Indian journal of veterinary science and animal husbandry - Volumes 24-25, 1954-1955
Year: 1954
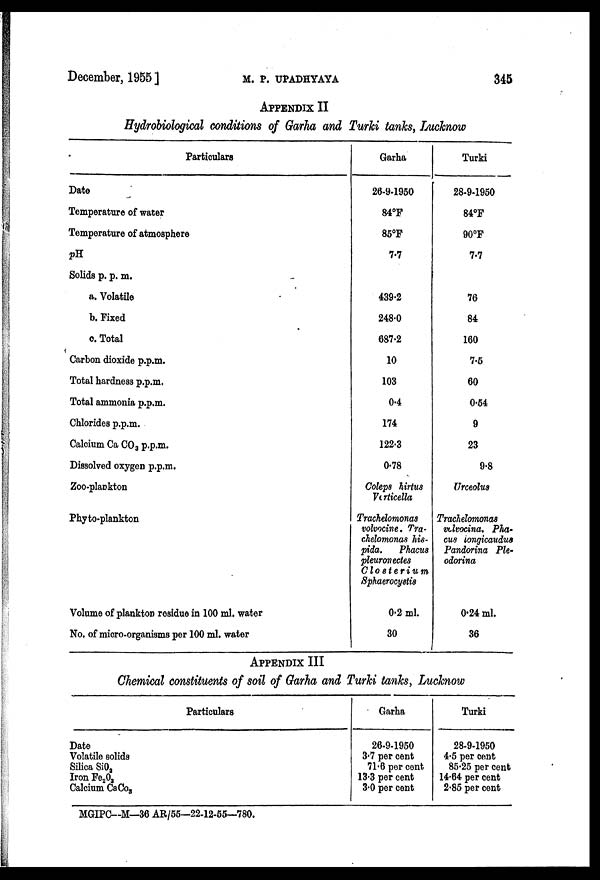
December, 1955 ]
M.
P.
UPADHYAYA
345
APPENDIX II
Hydrobiological conditions of Garha and Turki tanks, Lucknow
Particulars
Date
Temperature of water
Temperature of atmosphere
pH
Solids p. p. m.
a. Volatile
b. Fixed
c. Total
Carbon dioxide p.p.m.
Total hardness p.p.m.
Total ammonia p.p.m.
Chlorides p.p.m.
Calcium Ca CO 3 p.p.m.
Dissolved oxygen p.p.m.
Zoo-plankton
Phyto-plankton
Volume of plankton residue in 100 ml. water
No. of micro-organisms per 100 ml. water
Garha
26-9-1950
84°F
85°F
7.7
439.2
248.0
687.2
10
103
0.4
174
122.3
0.78
Coleps hirtus
Vorticella
Trachelomonas
volvocine. Tra-
chelomonas his-
pida.
Phacus
pleuromectes
Closterium
Sphaerocystis
0.2 ml.
30
Turki
28-9-1950
84°F
90°F
7.7
76
84
160
7.5
60
0.54
9
23
9.8
Urceolus
Trachelomonas
volvocina. Pha-
cus iongicaudus
Pandorina Ple-
odorina
0.24 ml.
36
APPENDIX III
Chemical constituents of soil of Garha and Turki tanks, Lucknow
Particulars
Date
Volatile solids
Silica SiO 2
Iron Fe 2 O 3
Calcium CaCO 3
Garha
26-9-1950
3.7 per cent
71.6 per cent
13.3 per cent
3.0 per cent
Turki
28-9-1950
4.5 per cent
85.25 per cent
14.64 per cent
2.85 per cent
MGIPC—M—36 AR/55—22-12-55—780.